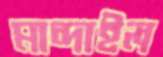
মান্দাইল